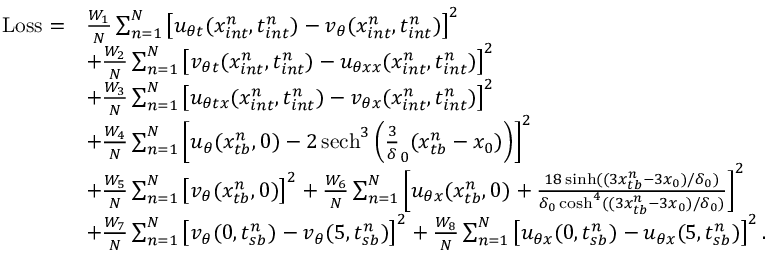
\begin{array} { r l } { \mathrm { L o s s } = } & { \frac { W _ { 1 } } { N } \sum _ { n = 1 } ^ { N } \left[ u _ { \theta t } ( x _ { i n t } ^ { n } , t _ { i n t } ^ { n } ) - v _ { \theta } ( x _ { i n t } ^ { n } , t _ { i n t } ^ { n } ) \right] ^ { 2 } } \\ & { + \frac { W _ { 2 } } { N } \sum _ { n = 1 } ^ { N } \left[ v _ { \theta t } ( x _ { i n t } ^ { n } , t _ { i n t } ^ { n } ) - u _ { \theta x x } ( x _ { i n t } ^ { n } , t _ { i n t } ^ { n } ) \right] ^ { 2 } } \\ & { + \frac { W _ { 3 } } { N } \sum _ { n = 1 } ^ { N } \left[ u _ { \theta t x } ( x _ { i n t } ^ { n } , t _ { i n t } ^ { n } ) - v _ { \theta x } ( x _ { i n t } ^ { n } , t _ { i n t } ^ { n } ) \right] ^ { 2 } } \\ & { + \frac { W _ { 4 } } { N } \sum _ { n = 1 } ^ { N } \left[ u _ { \theta } ( x _ { t b } ^ { n } , 0 ) - 2 \, \mathrm { s e c h } ^ { 3 } \left( \frac { 3 } { \delta } _ { 0 } ( x _ { t b } ^ { n } - x _ { 0 } ) \right) \right] ^ { 2 } } \\ & { + \frac { W _ { 5 } } { N } \sum _ { n = 1 } ^ { N } \left[ v _ { \theta } ( x _ { t b } ^ { n } , 0 ) \right] ^ { 2 } + \frac { W _ { 6 } } { N } \sum _ { n = 1 } ^ { N } \left[ u _ { \theta x } ( x _ { t b } ^ { n } , 0 ) + \frac { 1 8 \sinh ( ( 3 x _ { t b } ^ { n } - 3 x _ { 0 } ) / \delta _ { 0 } ) } { \delta _ { 0 } \cosh ^ { 4 } ( ( 3 x _ { t b } ^ { n } - 3 x _ { 0 } ) / \delta _ { 0 } ) } \right] ^ { 2 } } \\ & { + \frac { W _ { 7 } } { N } \sum _ { n = 1 } ^ { N } \left[ v _ { \theta } ( 0 , t _ { s b } ^ { n } ) - v _ { \theta } ( 5 , t _ { s b } ^ { n } ) \right] ^ { 2 } + \frac { W _ { 8 } } { N } \sum _ { n = 1 } ^ { N } \left[ u _ { \theta x } ( 0 , t _ { s b } ^ { n } ) - u _ { \theta x } ( 5 , t _ { s b } ^ { n } ) \right] ^ { 2 } . } \end{array}